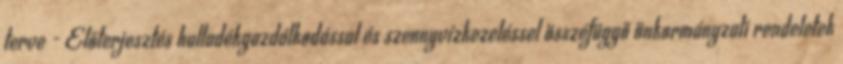
terve - Előterjesztés hulladékgazdálkodással és szennyvízkezeléssel összefüggő önkormányzati rendeletek